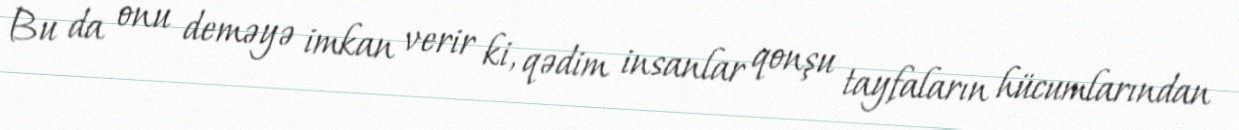
Bu da onu deməyə imkan verir ki, qədim insanlar qonşu tayfaların hücumlarından